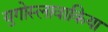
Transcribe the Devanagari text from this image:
युगोस्लावाकिया